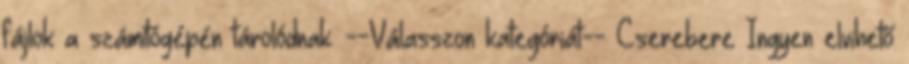
fájlok a számítógépén tárolódnak. --Válasszon kategóriát-- Cserebere Ingyen elvihető